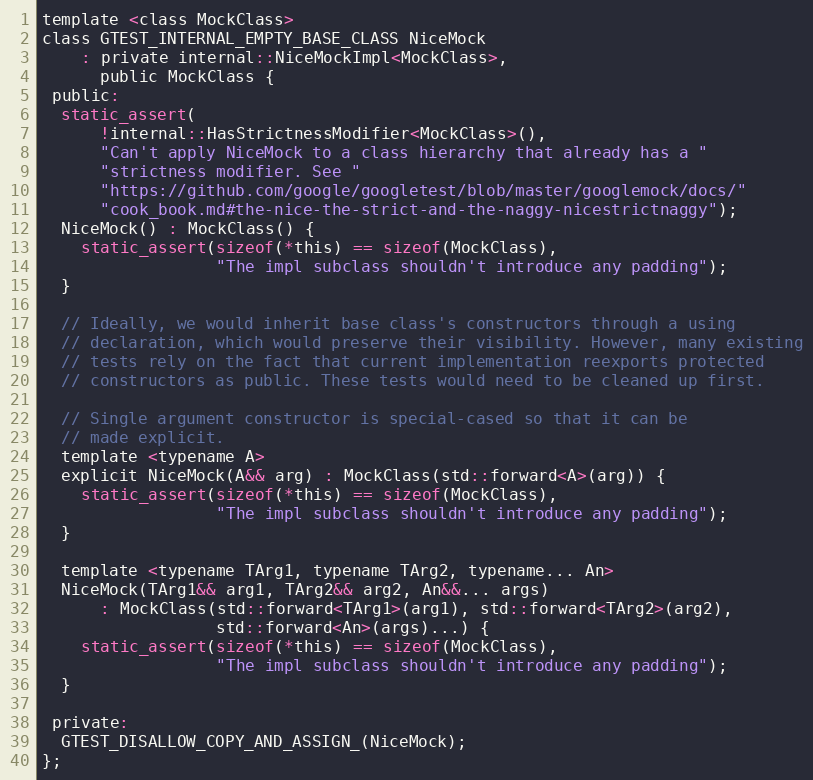
Language: C
template <class MockClass>
class GTEST_INTERNAL_EMPTY_BASE_CLASS NiceMock
    : private internal::NiceMockImpl<MockClass>,
      public MockClass {
 public:
  static_assert(
      !internal::HasStrictnessModifier<MockClass>(),
      "Can't apply NiceMock to a class hierarchy that already has a "
      "strictness modifier. See "
      "https://github.com/google/googletest/blob/master/googlemock/docs/"
      "cook_book.md#the-nice-the-strict-and-the-naggy-nicestrictnaggy");
  NiceMock() : MockClass() {
    static_assert(sizeof(*this) == sizeof(MockClass),
                  "The impl subclass shouldn't introduce any padding");
  }

  // Ideally, we would inherit base class's constructors through a using
  // declaration, which would preserve their visibility. However, many existing
  // tests rely on the fact that current implementation reexports protected
  // constructors as public. These tests would need to be cleaned up first.

  // Single argument constructor is special-cased so that it can be
  // made explicit.
  template <typename A>
  explicit NiceMock(A&& arg) : MockClass(std::forward<A>(arg)) {
    static_assert(sizeof(*this) == sizeof(MockClass),
                  "The impl subclass shouldn't introduce any padding");
  }

  template <typename TArg1, typename TArg2, typename... An>
  NiceMock(TArg1&& arg1, TArg2&& arg2, An&&... args)
      : MockClass(std::forward<TArg1>(arg1), std::forward<TArg2>(arg2),
                  std::forward<An>(args)...) {
    static_assert(sizeof(*this) == sizeof(MockClass),
                  "The impl subclass shouldn't introduce any padding");
  }

 private:
  GTEST_DISALLOW_COPY_AND_ASSIGN_(NiceMock);
};